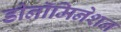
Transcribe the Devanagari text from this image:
डीनॉमिनेशन